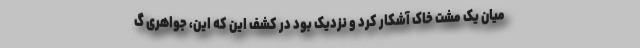
میان یک مشت خاک آشکار کرد و نزدیک بود در کشف این که این، جواهری گ